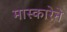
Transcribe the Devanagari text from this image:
मास्कारेने